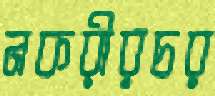
নকরীরচর